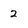
Character: 2